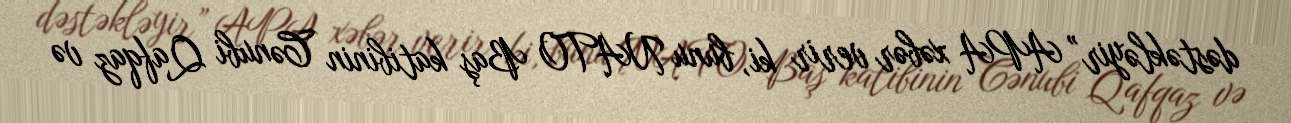
dəstəkləyir” APA xəbər verir ki, bunu NATO Baş katibinin Cənubi Qafqaz və